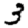
Digit: 3